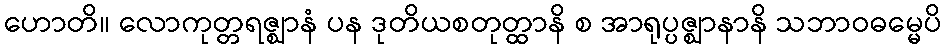
ဟောတိ။ လောကုတ္တရဇ္ဈာနံ ပန ဒုတိယစတုတ္ထာနိ စ အာရုပ္ပဇ္ဈာနာနိ သဘာဝဓမ္မေပိ